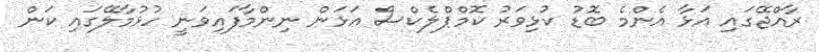
ރާއްޖޭގައި އަޅާ އެންމެ ބޮޑު ކުޅިވަރު ކޮމްޕްލެކްސް އަޅަން ނިންމާފައިވަނީ ހުޅުމާލޭގައި ކަން